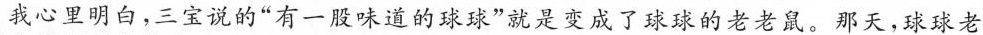
我心里明白，三宝说的”有一股味道的球球”就是变成了球球的老老鼠。那天，球球老